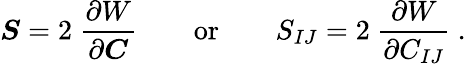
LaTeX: {\boldsymbol{S}}=2~{\frac{\partial W}{\partial{\boldsymbol{C}}}}\qquad{\mathrm{or}}\qquad S_{IJ}=2~{\frac{\partial W}{\partial C_{IJ}}}~.